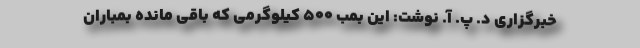
خبرگزاری د. پ. آ. نوشت: این بمب ۵۰۰ کیلوگرمی که باقی مانده بمباران